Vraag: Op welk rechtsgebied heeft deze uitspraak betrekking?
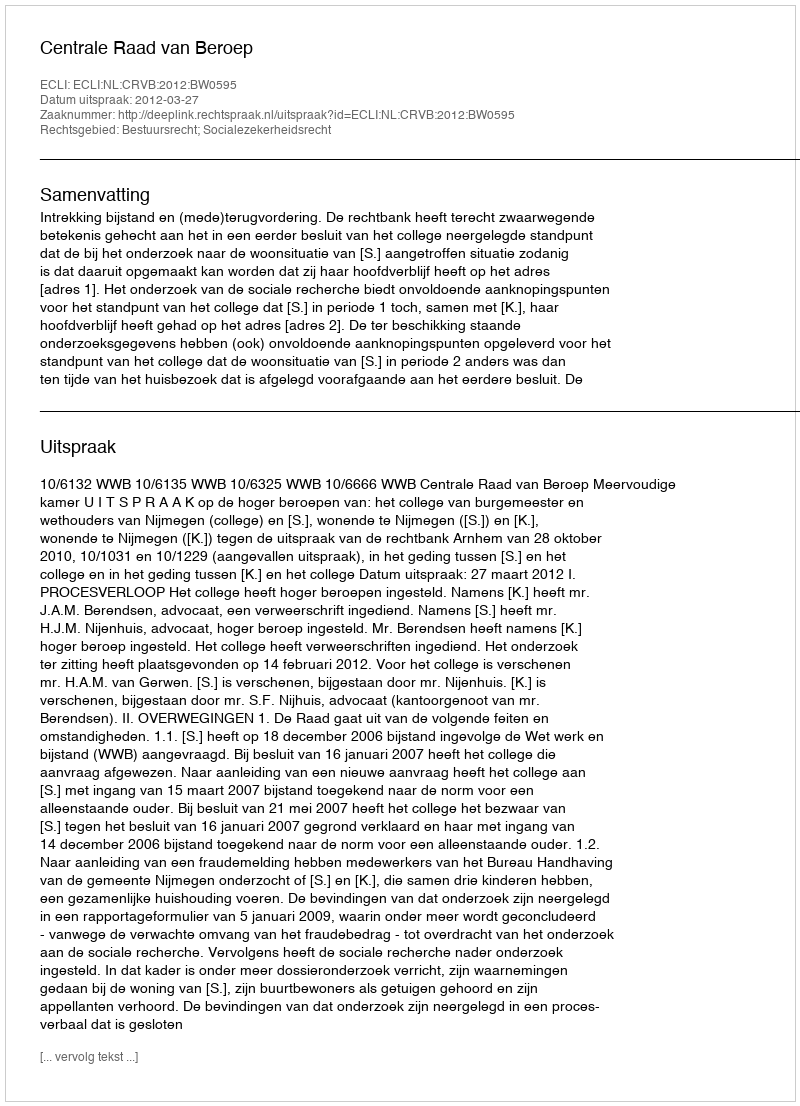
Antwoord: Bestuursrecht; Socialezekerheidsrecht